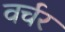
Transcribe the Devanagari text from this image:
वर्चर